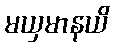
မယှမာနယိ